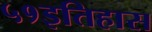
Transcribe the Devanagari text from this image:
५१इतिहास